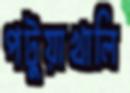
পটুয়াখালি